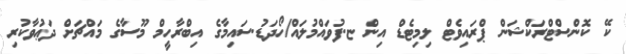
ކޭ ކޮންސްޓްރަކްޝަން ޕްރައިވެޓް ލިމިޓެޑް އިން ޏ.ފުވައްމުލައް/ހޯދަޑު.ސައިމާގެ އިބްރާހީމް މޫސާގެ މައްޗަށް ދަޢުވާކުރި